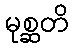
မုစ္ဆတိ